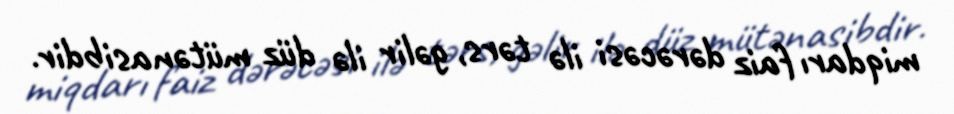
miqdarı faiz dərəcəsi ilə tərs, gəlir ilə düz mütənasibdir.